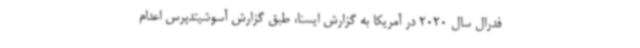
فدرال سال 2020 در آمریکا به گزارش ایسنا، طبق گزارش آسوشیتدپرس اعدام